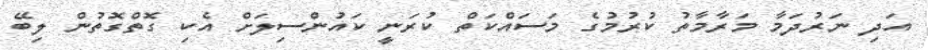
އަދި ނަރުދަމާ މަރާމާތު ކުރުމުގެ މަސައްކަތް ކުރަނީ ކައުންސިލަށް އެކި ގޮތްގޮތުން ލިބޭ